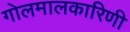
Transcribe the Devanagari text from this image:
गोलमालकारिणी